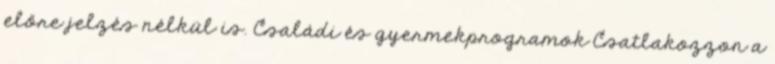
előre jelzés nélkül is. Családi és gyermekprogramok Csatlakozzon a